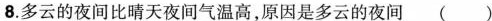
8.多云的夜间比晴天夜间气温高，原因是多云的夜间( )